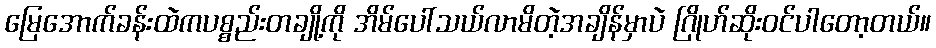
မြေအောက်ခန်းထဲကပစ္စည်းတချို့ကို အိမ်ပေါ်သယ်လာမိတဲ့အချိန်မှာပဲ ဂြိုဟ်ဆိုးဝင်ပါတော့တယ်။